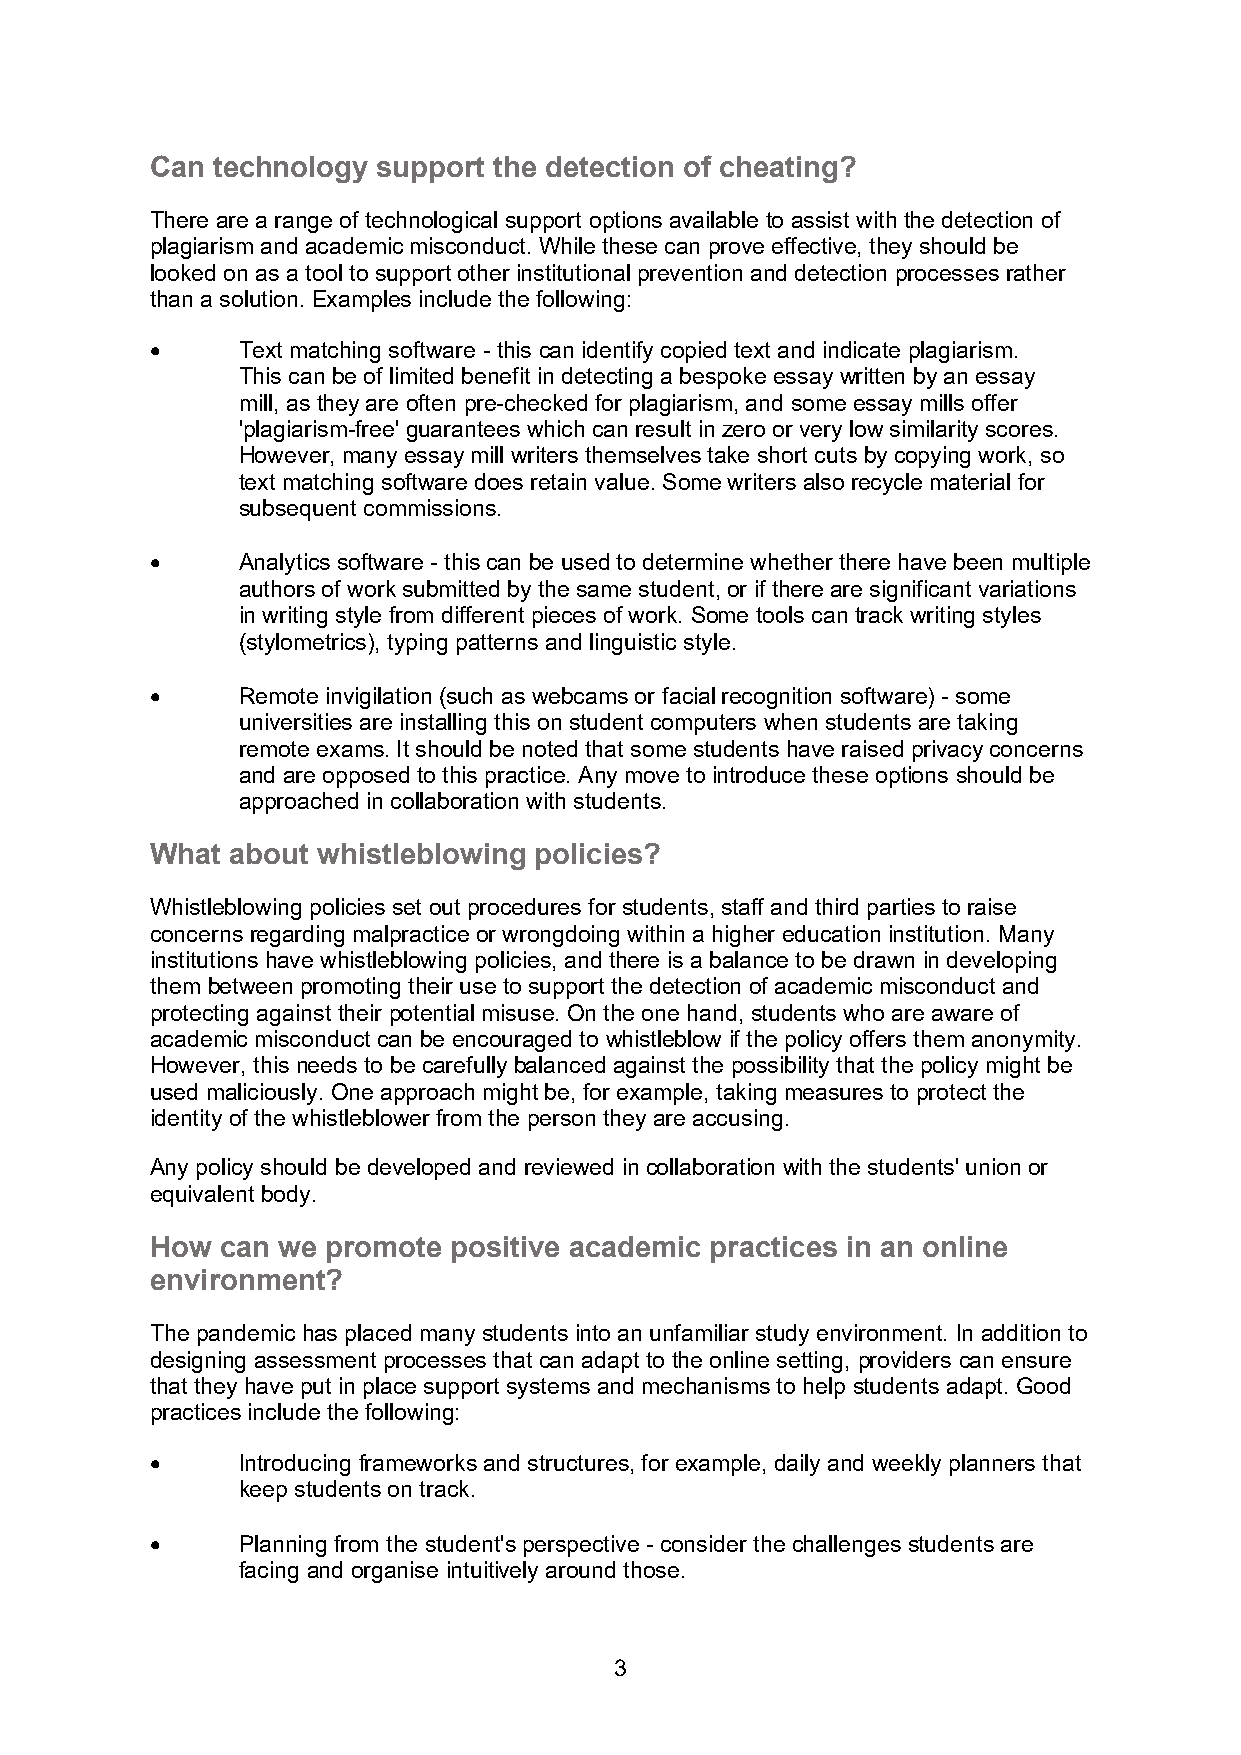
Can technology support the detection of cheating?
 There are a range of technological support options available to assist with the detection of
 plagiarism and academic misconduct. While these can prove effective, they should be
 looked on as a tool to support other institutional prevention and detection processes rather
 than a solution. Examples include the following:
 •     Text matching software - this can identify copied text and indicate plagiarism.
 This can be of limited benefit in detecting a bespoke essay written by an essay
 mill, as they are often pre-checked for plagiarism, and some essay mills offer
 'plagiarism-free' guarantees which can result in zero or very low similarity scores.
 However, many essay mill writers themselves take short cuts by copying work, so
 text matching software does retain value. Some writers also recycle material for
 subsequent commissions.
 •     Analytics software - this can be used to determine whether there have been multiple
 authors of work submitted by the same student, or if there are significant variations
 in writing style from different pieces of work. Some tools can track writing styles
 (stylometrics), typing patterns and linguistic style.
 •     Remote invigilation (such as webcams or facial recognition software) - some
 universities are installing this on student computers when students are taking
 remote exams. It should be noted that some students have raised privacy concerns
 and are opposed to this practice. Any move to introduce these options should be
 approached in collaboration with students.
 What about whistleblowing policies?
 Whistleblowing policies set out procedures for students, staff and third parties to raise
 concerns regarding malpractice or wrongdoing within a higher education institution. Many
 institutions have whistleblowing policies, and there is a balance to be drawn in developing
 them between promoting their use to support the detection of academic misconduct and
 protecting against their potential misuse. On the one hand, students who are aware of
 academic misconduct can be encouraged to whistleblow if the policy offers them anonymity.
 However, this needs to be carefully balanced against the possibility that the policy might be
 used maliciously. One approach might be, for example, taking measures to protect the
 identity of the whistleblower from the person they are accusing.
 Any policy should be developed and reviewed in collaboration with the students' union or
 equivalent body.
 How  can we promote positive academic practices in an online
 environment?
 The pandemic has placed many students into an unfamiliar study environment. In addition to
 designing assessment processes that can adapt to the online setting, providers can ensure
 that they have put in place support systems and mechanisms to help students adapt. Good
 practices include the following:
 •     Introducing frameworks and structures, for example, daily and weekly planners that
 keep students on track.
 •     Planning from the student's perspective - consider the challenges students are
 facing and organise intuitively around those.
 3